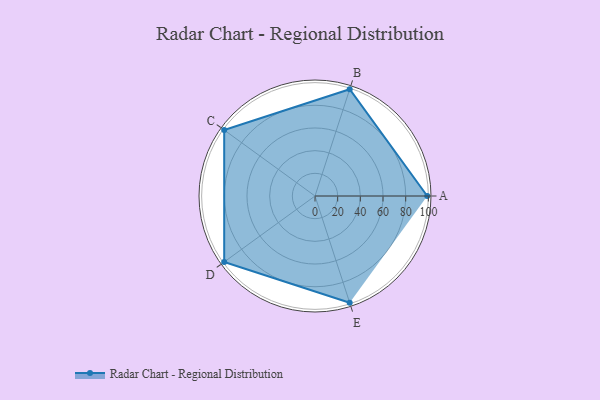
{"axis": {"x": "Skill", "y": "Score"}, "legend": ["Profile"], "data": [{"x": "A", "y": 99, "type": "Profile"}, {"x": "B", "y": 99, "type": "Profile"}, {"x": "C", "y": 99, "type": "Profile"}, {"x": "D", "y": 99, "type": "Profile"}, {"x": "E", "y": 99, "type": "Profile"}]}